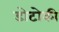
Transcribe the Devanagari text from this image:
डोटोकी